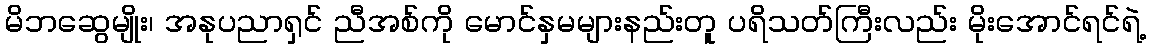
မိဘဆွေမျိုး၊ အနုပညာရှင် ညီအစ်ကို မောင်နှမများနည်းတူ ပရိသတ်ကြီးလည်း မိုးအောင်ရင်ရဲ့